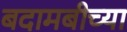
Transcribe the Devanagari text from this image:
बदामबीच्या